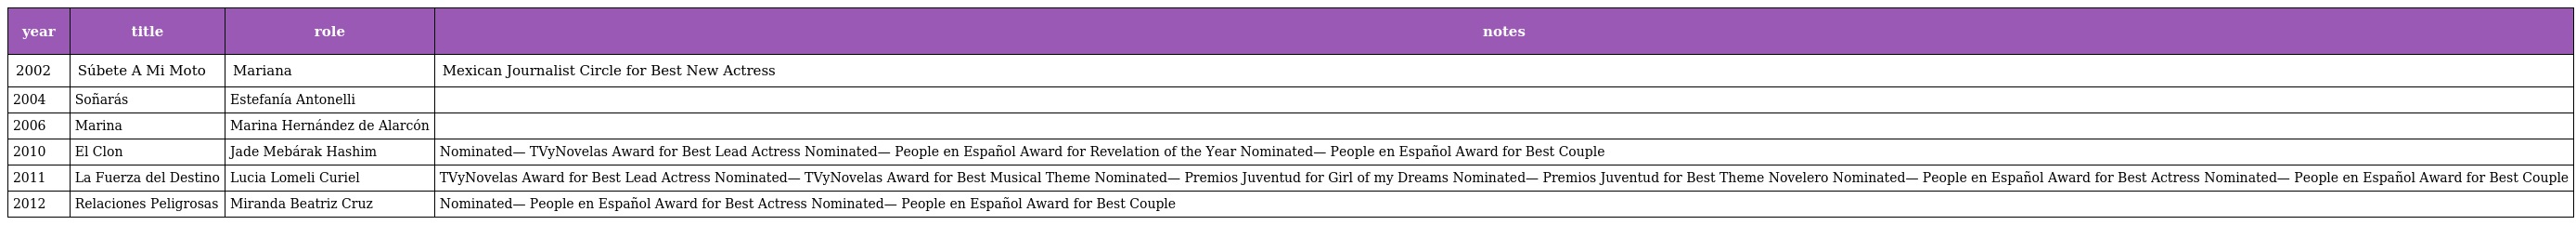
| year | title | role | notes |
 | --- | --- | --- | --- |
 | 2002 | Súbete A Mi Moto | Mariana | Mexican Journalist Circle for Best New Actress |
 | 2004 | Soñarás | Estefanía Antonelli |  |
 | 2006 | Marina | Marina Hernández de Alarcón |  |
 | 2010 | El Clon | Jade Mebárak Hashim | Nominated— TVyNovelas Award for Best Lead Actress Nominated— People en Español Award for Revelation of the Year Nominated— People en Español Award for Best Couple |
 | 2011 | La Fuerza del Destino | Lucia Lomeli Curiel | TVyNovelas Award for Best Lead Actress Nominated— TVyNovelas Award for Best Musical Theme Nominated— Premios Juventud for Girl of my Dreams Nominated— Premios Juventud for Best Theme Novelero Nominated— People en Español Award for Best Actress Nominated— People en Español Award for Best Couple |
 | 2012 | Relaciones Peligrosas | Miranda Beatriz Cruz | Nominated— People en Español Award for Best Actress Nominated— People en Español Award for Best Couple |